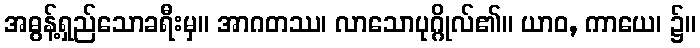
အဓွန့်ရှည်သောခရီးမှ။ အာဂတဿ၊ လာသောပုဂ္ဂိုလ်၏။ ယာဝ, ကာယေ၊ ၌။